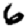
Digit: 6